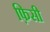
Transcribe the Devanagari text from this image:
फ़िसी